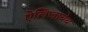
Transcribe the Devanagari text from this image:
ऐलिजाबेथ